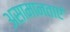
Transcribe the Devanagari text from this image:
असामानताएं